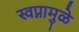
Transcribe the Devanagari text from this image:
स्वप्नामुळे